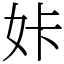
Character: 𡛨